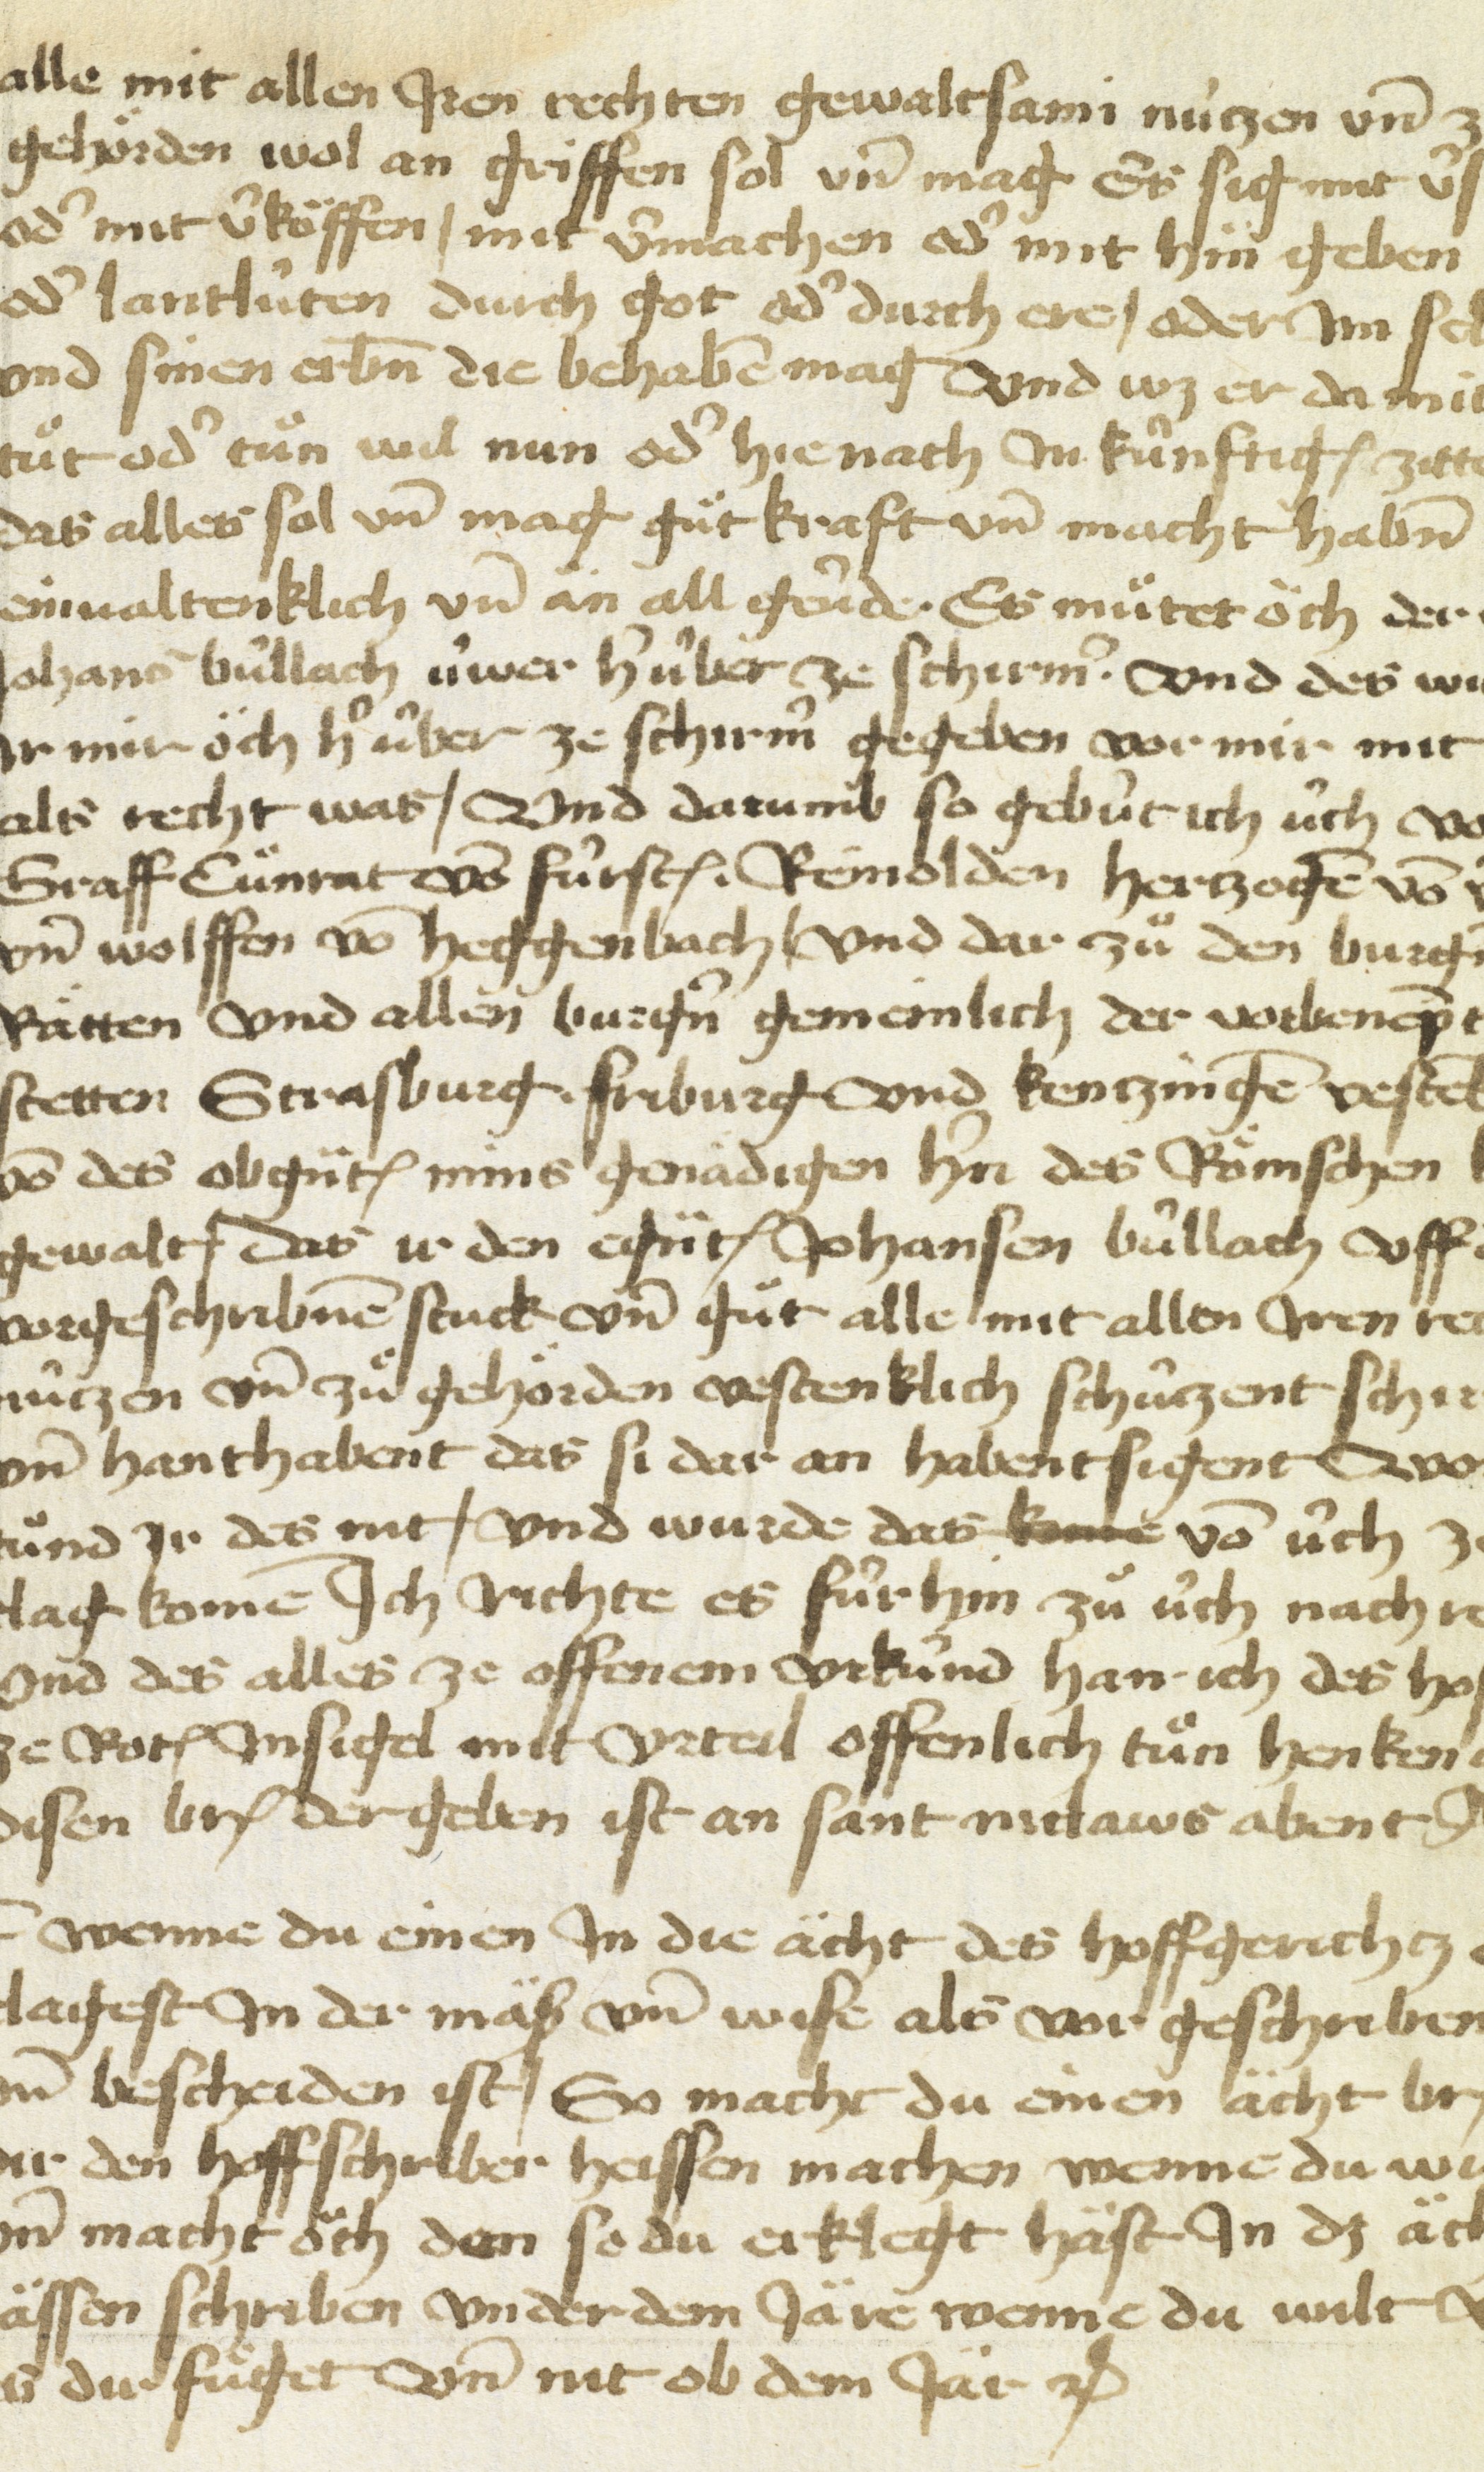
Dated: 1450–1499